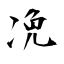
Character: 凂